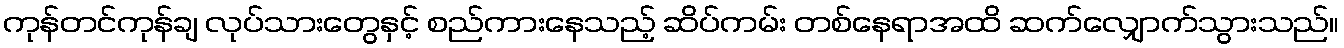
ကုန်တင်ကုန်ချ လုပ်သားတွေနှင့် စည်ကားနေသည့် ဆိပ်ကမ်း တစ်နေရာအထိ ဆက်လျှောက်သွားသည်။